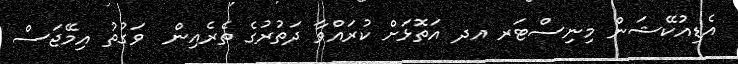
އެޑިއުކޭޝަން މިނިސްޓަރ އދ އަތޮޅަށް ކުރައްވާ ދަތުރުގެ ތެރެއިން  ވަގުތު އިމޭޖަސް